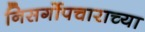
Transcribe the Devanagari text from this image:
निसर्गोपचाराच्या